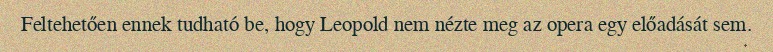
Feltehetően ennek tudható be, hogy Leopold nem nézte meg az opera egy előadását sem.